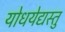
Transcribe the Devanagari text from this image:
योधयेद्यस्तु